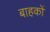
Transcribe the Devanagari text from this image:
बाहकों